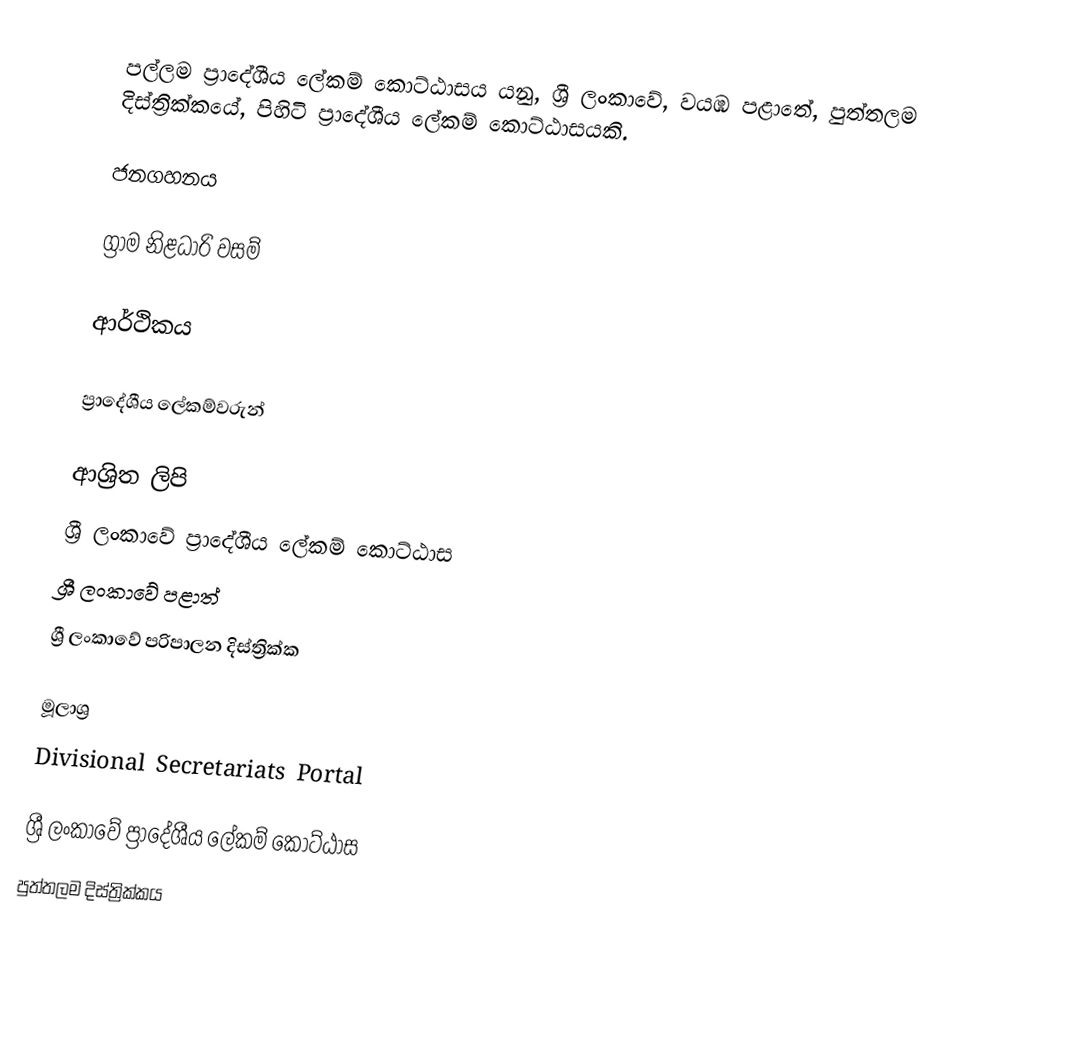
පල්ලම ප්‍රාදේශීය ලේකම් කොට්ඨාසය යනු,  ශ්‍රී ලංකාවේ, වයඹ පළාතේ,   පුත්තලම දිස්ත්‍රික්කයේ, පිහිටි ප්‍රාදේශීය ලේකම් කොට්ඨාසයකි.

ජනගහනය

ග්‍රාම නිළධාරි වසම්

ආර්ථිකය

ප්‍රාදේශීය ලේකම්වරුන්

ආශ්‍රිත ලිපි
ශ්‍රී ලංකාවේ ප්‍රාදේශීය ලේකම් කොට්ඨාස
ශ්‍රී ලංකාවේ පළාත්
ශ්‍රී ලංකාවේ පරිපාලන දිස්ත්‍රික්ක

මූලාශ්‍ර
 Divisional Secretariats Portal

ශ්‍රී ලංකාවේ ප්‍රාදේශීය ලේකම් කොට්ඨාස
පුත්තලම දිස්ත්‍රික්කය